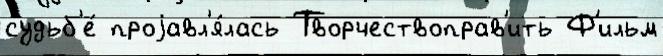
судьб'е́ проjавл'я́лась Творчествоправ'ить Ф'ильм